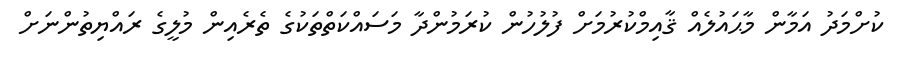
ކުށްމަދު އަމާން މާޙައުލެއް ޤާއިމްކުރުމަށް ފުލުހުން ކުރަމުންދާ މަސައްކަތްތަކުގެ ތެރެއިން މުލީގެ ރައްޔިތުންނަށް